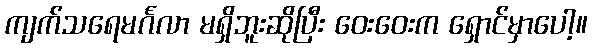
ကျက်သရေမင်္ဂလာ မရှိဘူးဆိုပြီး ဝေးဝေးက ရှောင်မှာပေါ့။